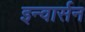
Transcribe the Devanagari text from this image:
इन्वार्सन